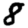
Digit: 8